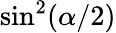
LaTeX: \sin^{2}(\alpha/2)